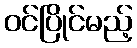
ဝင်ပြိုင်မည့်